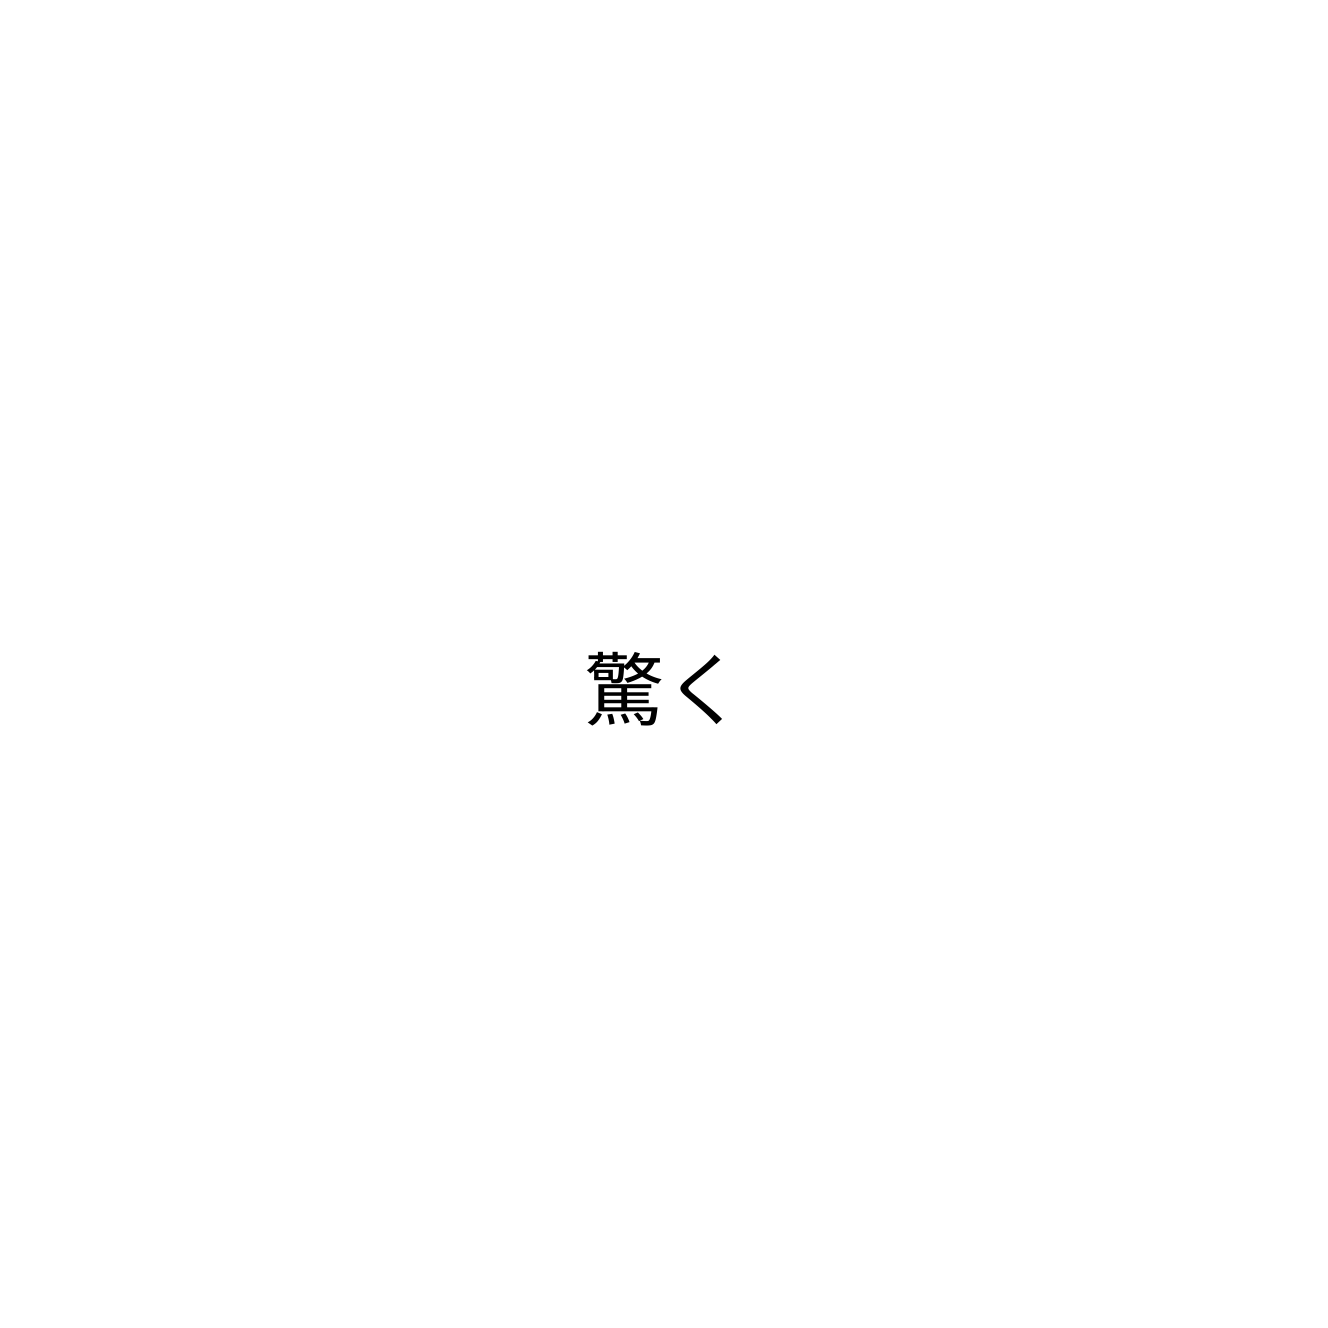
驚く